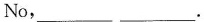
No, ___ ___.